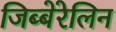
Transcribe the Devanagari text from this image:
जिब्बेरेलिन